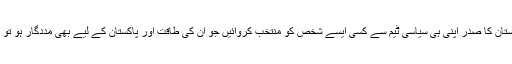
اس حوالے سے اگر وزیراعظم عمران خان ، پاکستان کا صدر اپنی ہی سیاسی ٹیم سے کسی ایسے شخص کو منتخب کروائیں جو اُن کی طاقت اور پاکستان کے لیے بھی مددگار ہو تو یہ اُن کی کامیابی کا سنگ میل ثابت ہوسکتا ہے۔